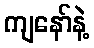
ကျနော်နဲ့